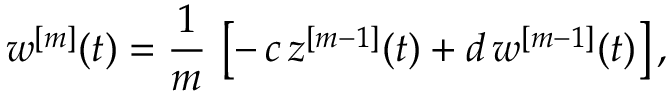
w ^ { [ m ] } ( t ) = \frac { 1 } { m } \, \left[ - \, c \, z ^ { [ m - 1 ] } ( t ) + d \, w ^ { [ m - 1 ] } ( t ) \right] ,